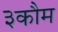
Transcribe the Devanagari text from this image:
३कौम